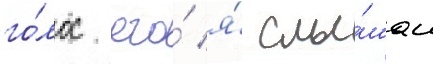
го́лос его́ я́ слы́шал